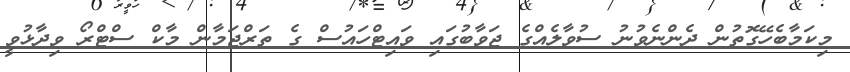
މިކަމާބެހޭގޮތުން ދެންނެވުނު ސުވާލެއްގެ ޖަވާބުގައި ވައިޓްހައުސް ގެ ތަރްޖަމާން މާކް ސްޓްރޯ ވިދާޅުވީ